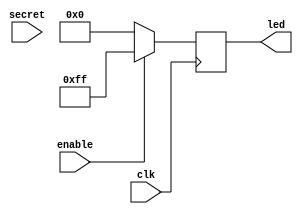
module demo (
   input clk, 
   input enable,
   input [31:0] secret,
   output [7:0] led
);

  wire [31:0] temp = (enable) ? secret : 0;
  reg  [7:0]  result = 0;

  assign led = result[7:0];

  always @(posedge clk) begin
    if (enable)
      result <= 255;
    else
      result <= temp[23:16];
  end

endmodule